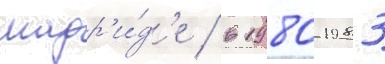
мадр'и́д'е / в 1980-1983